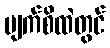
မျက်စိထဲတွင်